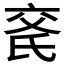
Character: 𬇍